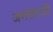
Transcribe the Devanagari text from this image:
जमसेटजी